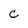
Character: C